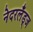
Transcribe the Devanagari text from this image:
नेदरलँड्ज